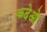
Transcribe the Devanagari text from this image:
कदेओ